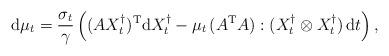
LaTeX: \begin{align*} {\rm d}\mu_t = \frac{\sigma_t}{\gamma} \left( (A X_t^\dagger)^{\rm T} {\rm d}X^\dagger_t - \mu_t \,(A^{\rm T}A) : (X_t^\dagger \otimes X_t^\dagger) \,{\rm d}t\right),\end{align*}